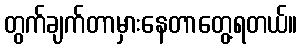
တွက်ချက်တာမှားနေတာတွေ့ရတယ်။